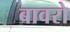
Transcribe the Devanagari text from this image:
बावरो